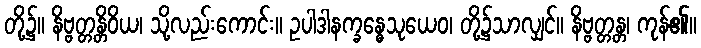
တို့၌။ နိဗ္ဗတ္တန္တိဝိယ၊ သို့လည်းကောင်း။ ဥပါဒါနက္ခန္ဓေသုယေဝ၊ တို့၌သာလျှင်။ နိဗ္ဗတ္တန္တ၊ ကုန်၏။